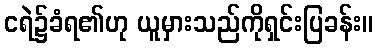
ငရဲ၌ခံရ၏ဟု ယူမှားသည်ကိုရှင်းပြခန်း။